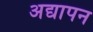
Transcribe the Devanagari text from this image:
अद्यापन